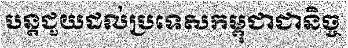
បន្តជួយដល់ប្រទេសកម្ពុជាជានិច្ច